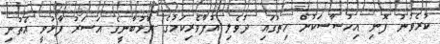
ކުރެވުނު ފޮނި އިހުސާސަކުން ހިތުގައި ދުވެލި އުފާވެރިކަމުގެ ރާޅުބާނީގެ އަސަރު ފާޅުވީ އެތުނި